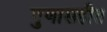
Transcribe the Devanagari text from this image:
गुणासहीत